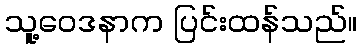
သူ့ဝေဒနာက ပြင်းထန်သည်။